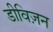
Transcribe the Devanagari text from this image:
डीविज़न